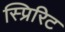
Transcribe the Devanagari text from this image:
स्प्रिरिट